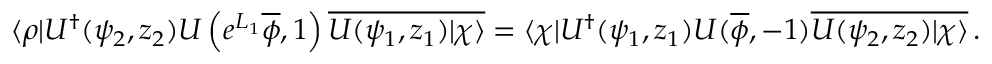
\langle \rho | U ^ { \dagger } ( \psi _ { 2 } , z _ { 2 } ) U \left( e ^ { L _ { 1 } } \overline { { \phi } } , 1 \right) \overline { { { U ( \psi _ { 1 } , z _ { 1 } ) | \chi \rangle } } } = \langle \chi | U ^ { \dagger } ( \psi _ { 1 } , z _ { 1 } ) U ( \overline { { \phi } } , - 1 ) \overline { { { U ( \psi _ { 2 } , z _ { 2 } ) | \chi \rangle } } } \, .